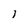
Character: I